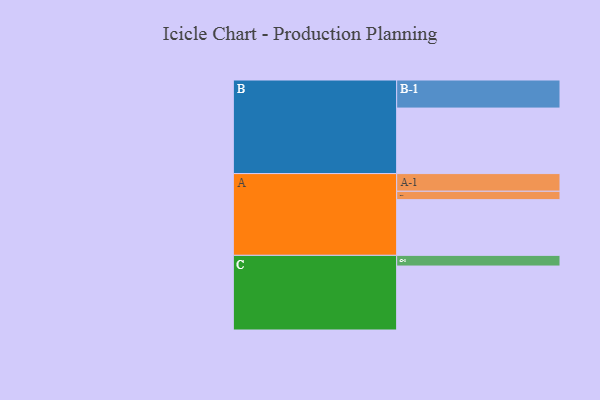
{"axis": {"x": "Segment", "y": "Value"}, "legend": ["", "A", "B", "C"], "data": [{"x": "A", "y": 391, "type": ""}, {"x": "B", "y": 460, "type": ""}, {"x": "C", "y": 449, "type": ""}, {"x": "A-1", "y": 124, "type": "A"}, {"x": "A-2", "y": 59, "type": "A"}, {"x": "B-1", "y": 197, "type": "B"}, {"x": "C-1", "y": 75, "type": "C"}]}